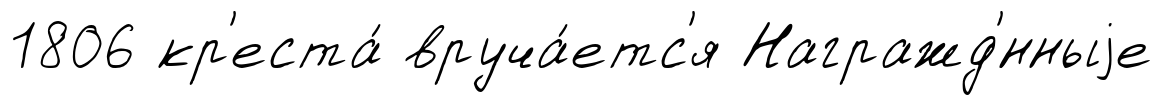
1806 кр'еста́ вруча́етс'я Награжд'́нныjе